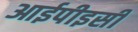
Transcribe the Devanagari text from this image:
आईपीइसी